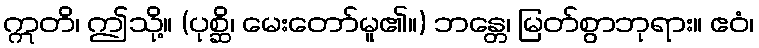
ဣတိ၊ ဤသို့။ (ပုစ္ဆိ၊ မေးတော်မူ၏။) ဘန္တေ၊ မြတ်စွာဘုရား။ ဧဝံ၊